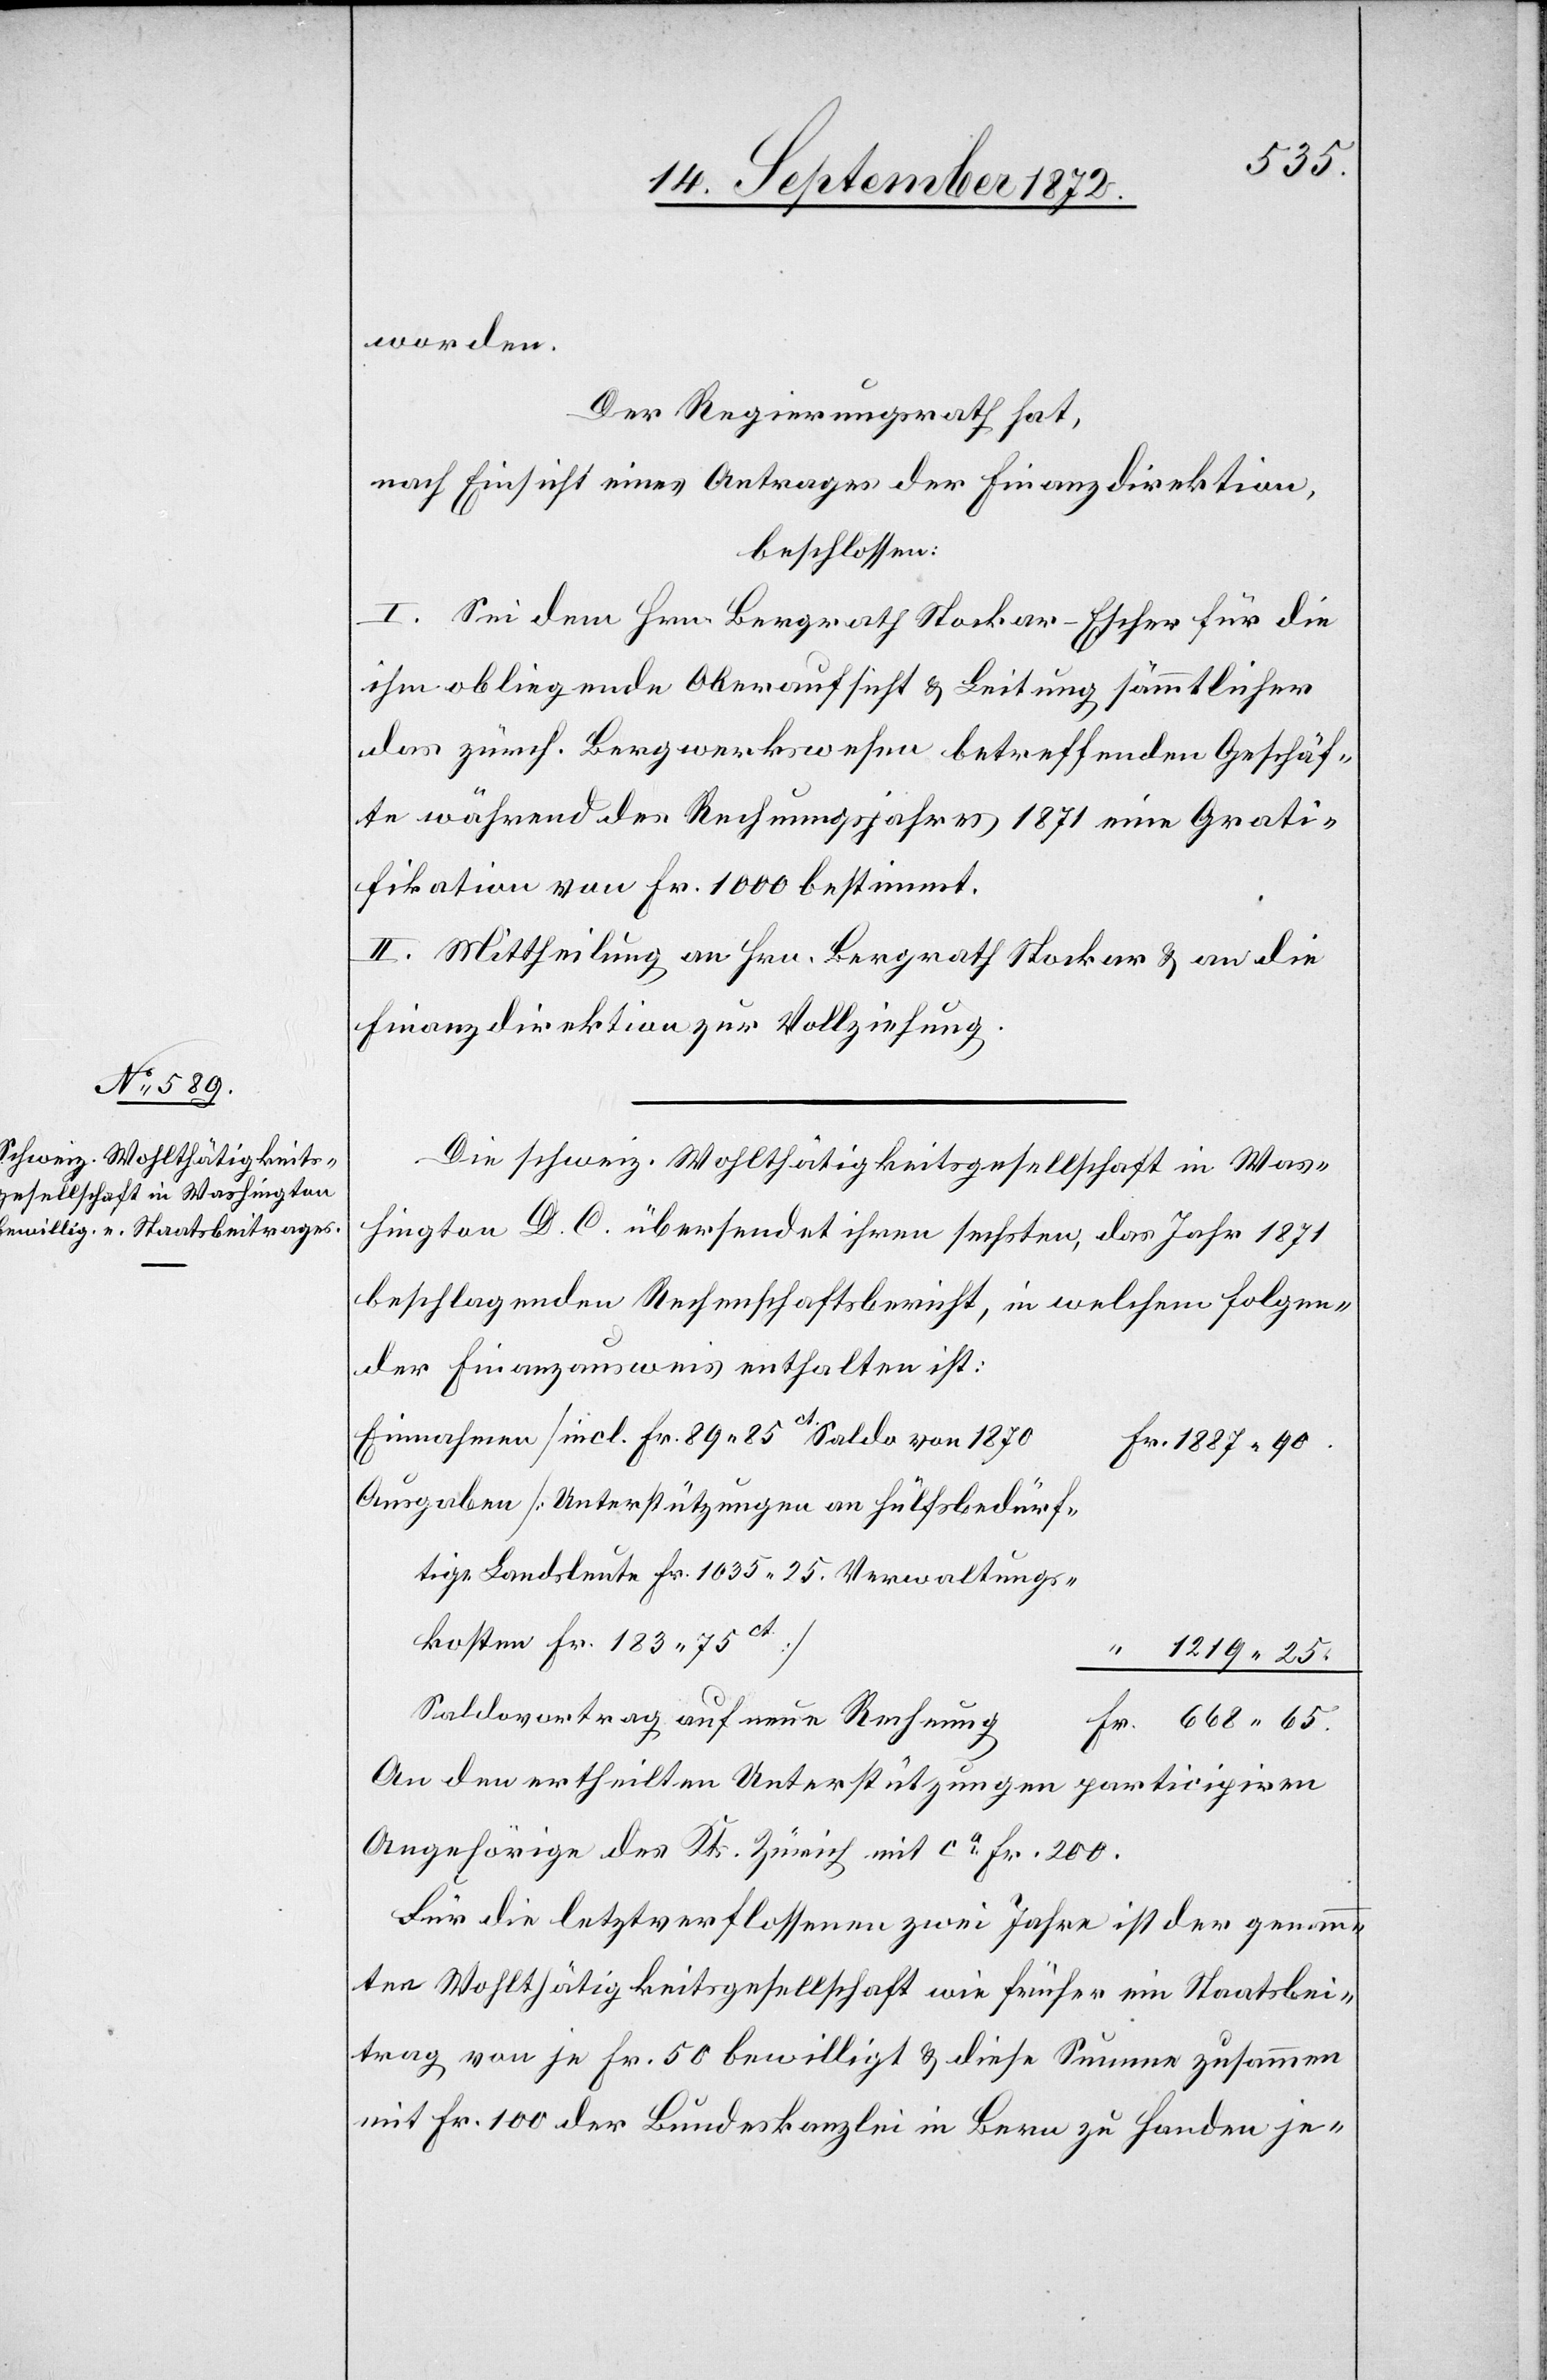
worden.
Der Regierungsrath hat,
nach Einsicht eines Antrages der Finanzdirektion,
beschlossen:
I. Sei dem Hrn. Bergrath Stockar-Escher für die
ihm obliegende Oberaufsicht u. Leitung sämmtlicher
das zürch. Bergwerkswesen betreffenden Geschäf¬
te während des Rechnungsjahres 1871 eine Grati¬
fikation von Fr. 1000 bestimmt.
II. Mittheilung an Hrn. Bergrath Stockar u. an die
Finanzdirektion zur Vollziehung.
Die schweiz. Wohlthätigkeitsgesellschaft in Was¬
hington D. C. übersendet ihren sechsten, das Jahr 1871
beschlagenden Rechenschaftsbericht, in welchem folgen¬
der Finanzausweis enthalten ist:
Einnahmen [incl. Fr. 98 85ct Saldo von 1870]
Ausgaben [Unterstützungen an hülfsbedürf¬
tige Landsleute Fr. 1035 25. Verwaltungs¬
65.
kosten Fr. 183 75ct]
1219 25.
Saldovortrag auf neue Rechnung
An den ertheilten Unterstützungen
participiren
Angehörige des Kts. Zürich mit ca Fr. 200.
Für die letztverflossenen zwei Jahre ist der genann¬
ten Wohlthätigkeitsgesellschaft wie früher ein Staatsbei¬
trag von je Fr. 50 bewilligt u. diese Summe zusammen
mit Fr. 100 der Bundeskanzlei in Bern zu Handen je-